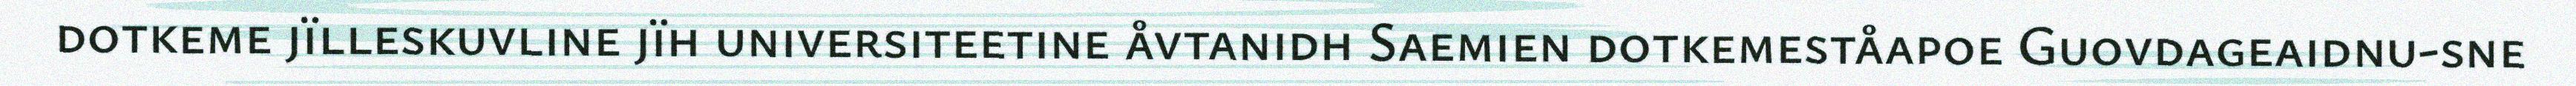
dotkeme jïlleskuvline jïh universiteetine åvtanidh Saemien dotkemeståapoe Guovdageaidnu-sne